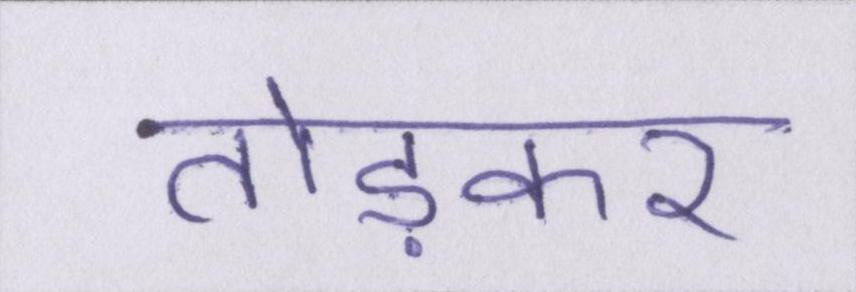
तोड़कर